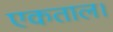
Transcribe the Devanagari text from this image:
एकताल।